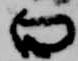
曰